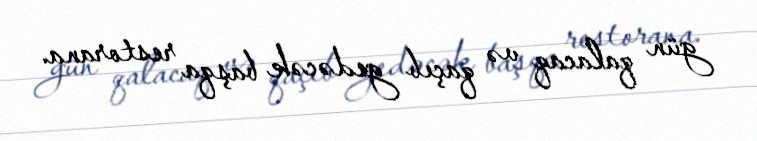
gün qalacaq və qaçıb gedəcək başqa restorana.